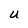
Character: U